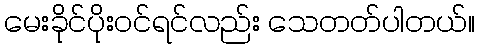
မေးခိုင်ပိုးဝင်ရင်လည်း သေတတ်ပါတယ်။